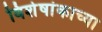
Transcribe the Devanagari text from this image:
विशेषांकाच्या